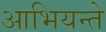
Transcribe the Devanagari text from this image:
आभियन्ते